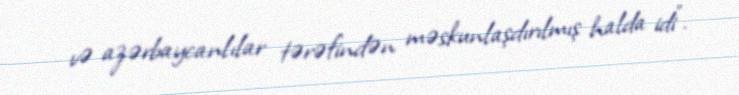
və azərbaycanlılar tərəfindən məskunlaşdırılmış halda idi".